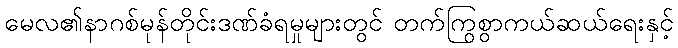
မေလ၏နာဂစ်မုန်တိုင်းဒဏ်ခံရမှုများတွင် တက်ကြွစွာကယ်ဆယ်ရေးနှင့်